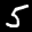
Label: 5